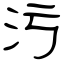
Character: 污